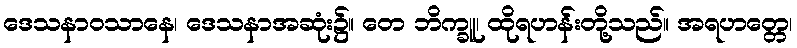
ဒေသနာဝသာနေ၊ ဒေသနာအဆုံး၌။ တေ ဘိက္ခူ၊ ထိုရဟန်းတို့သည်။ အရဟတ္တေ၊